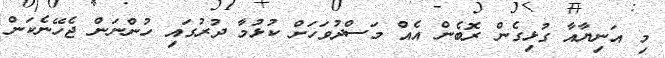
މި އަނިޔާއާ ގުޅިގެން ރޮބެން އެއް މަސްދުވަހަށް ކުޅުމާ ދުރުގައި ހުންނަން ޖެހޭނެކަން